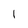
Character: 1